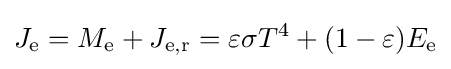
J_{\mathrm {e} }=M_{\mathrm {e} }+J_{\mathrm {e,r} }=\varepsilon \sigma T^{4}+(1-\varepsilon )E_{\mathrm {e} }